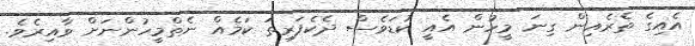
އެއިގެ ތެރެއިން ގިނަ މީހުން އެއީ ކުޑަވެސް ދެކެފަރިތަ ކަމެއް ނެތްމީހުންނަށް ވާއިރެވެ.